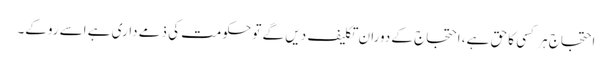
احتجاج ہر کسی کا حق ہے، احتجاج کے دوران تکلیف دیں گے تو حکومت کی ذمے داری ہے اسے روکے۔